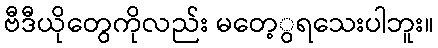
ဗီဒီယိုတွေကိုလည်း မတေ့ွရသေးပါဘူး။